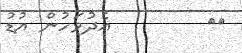
١٨        އެދުވަހުން އުޑު